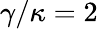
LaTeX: \gamma/\kappa=2